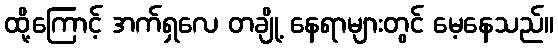
ထို့ကြောင့် အက်ရှလေ တချို့ နေရာများတွင် မေ့နေသည်။